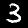
Digit: 3